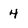
Character: 4